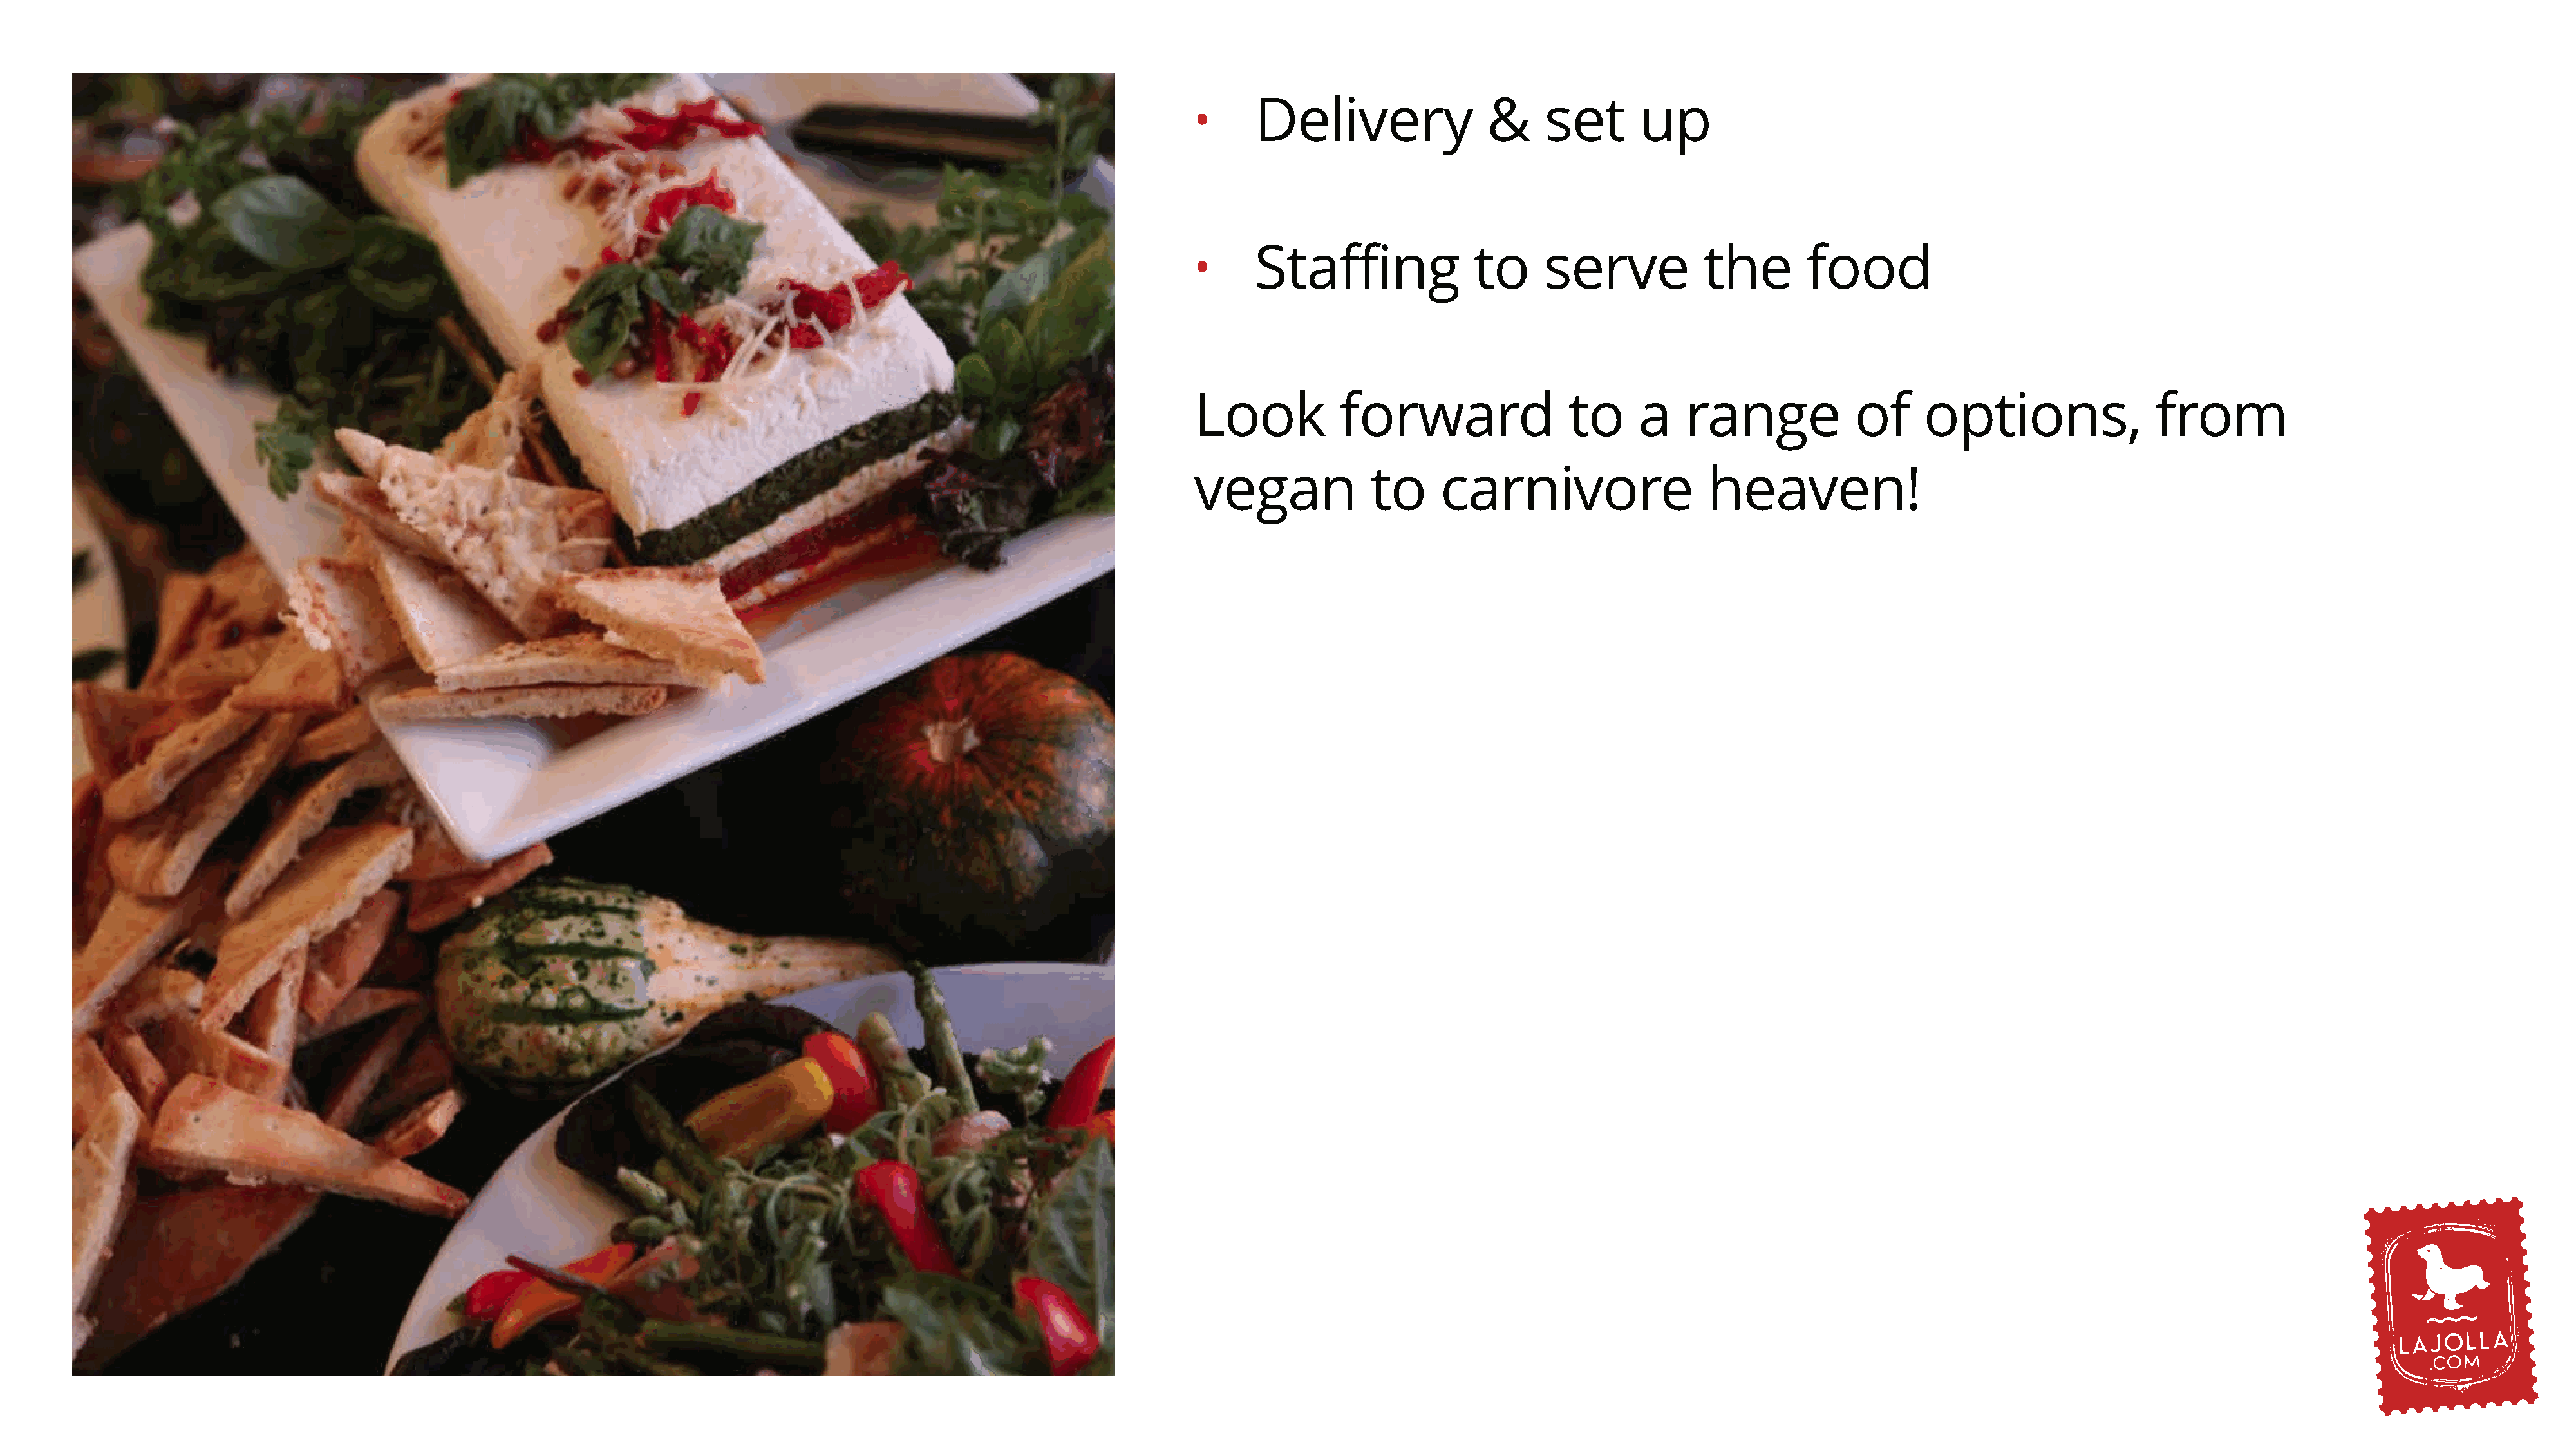
Delivery                &     set       up
 •
 Staffing              to      serve           the        food
 •
 Look           forward                to     a    range             of     options,                from
 vegan             to     carnivore                   heaven!